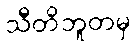
သီတိဘူတမှ